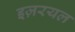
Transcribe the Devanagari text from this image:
इज़रयल